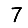
Digit: 7